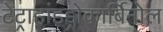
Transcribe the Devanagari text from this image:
टेट्राहांइड्रोकार्बिनोल